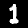
Label: 1